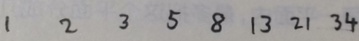
1 2 3 5 8 1 3 2 1 3 4